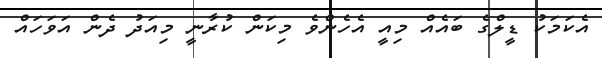
އެކަމަކު ޑީލްގެ ބައެއް މިއީ އެހެންވެ މިކަން ކުރާނީ މިއަދު ދެން އަވަހައް